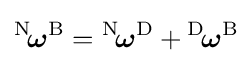
{}^{\mathrm {N} }\!{\boldsymbol {\omega }}^{\mathrm {B} }={}^{\mathrm {N} }\!{\boldsymbol {\omega }}^{\mathrm {D} }+{}^{\mathrm {D} }\!{\boldsymbol {\omega }}^{\mathrm {B} }